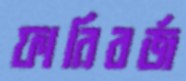
ফারিবর্জ